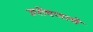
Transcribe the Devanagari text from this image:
उपोषणाचे